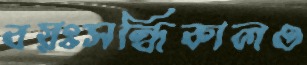
বয়ঃসন্ধিকালও